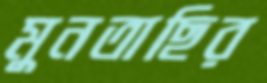
মুনতাছির